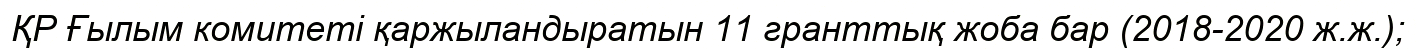
ҚР Ғылым комитеті қаржыландыратын 11 гранттық жоба бар (2018-2020 ж.ж.);